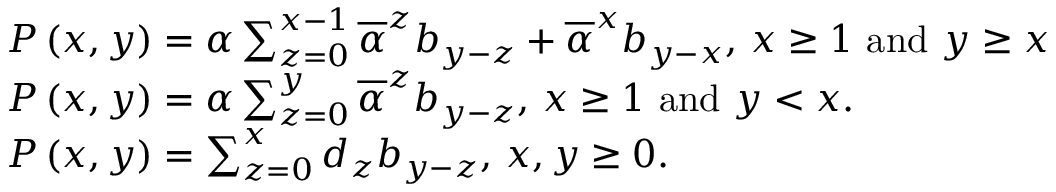
\begin{array} { l } { P \left( x , y \right) = \alpha \sum _ { z = 0 } ^ { x - 1 } \overline { { \alpha } } ^ { z } b _ { y - z } + \overline { { \alpha } } ^ { x } b _ { y - x } \mathrm { , ~ } x \geq 1 \mathrm { ~ a n d ~ } y \geq x } \\ { P \left( x , y \right) = \alpha \sum _ { z = 0 } ^ { y } \overline { { \alpha } } ^ { z } b _ { y - z } \mathrm { , ~ } x \geq 1 \mathrm { ~ a n d ~ } y < x . } \\ { P \left( x , y \right) = \sum _ { z = 0 } ^ { x } d _ { z } b _ { y - z } \mathrm { , ~ } x , y \geq 0 . } \end{array}